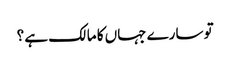
تو سارے جہاں کا مالک ہے ؟